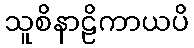
သူစိနာဠိကာယပိ